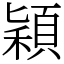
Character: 穎